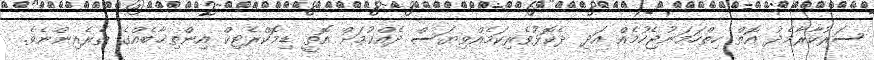
ސަރުކާރާމެދު އޮތް ހިތްހަމަނުޖެހުމެއް އަދި ދެކޮޅުވެރިކަމެއްވިޔަސް ދެއްކުމަށް އޮތީ ޑިމޮކްރެޓިކް އިންތިޚާބެއްގެ ތެރެއިންނެވެ.